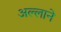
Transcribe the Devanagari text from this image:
अल्लाने